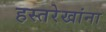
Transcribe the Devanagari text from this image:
हस्तरेखांना